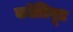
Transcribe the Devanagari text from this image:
कॉलिवूड